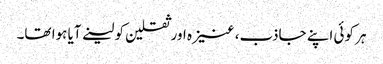
ہر کوئی اپنے جاذب، عنیزہ اور ثقلین کو لینے آیا ہوا تھا۔